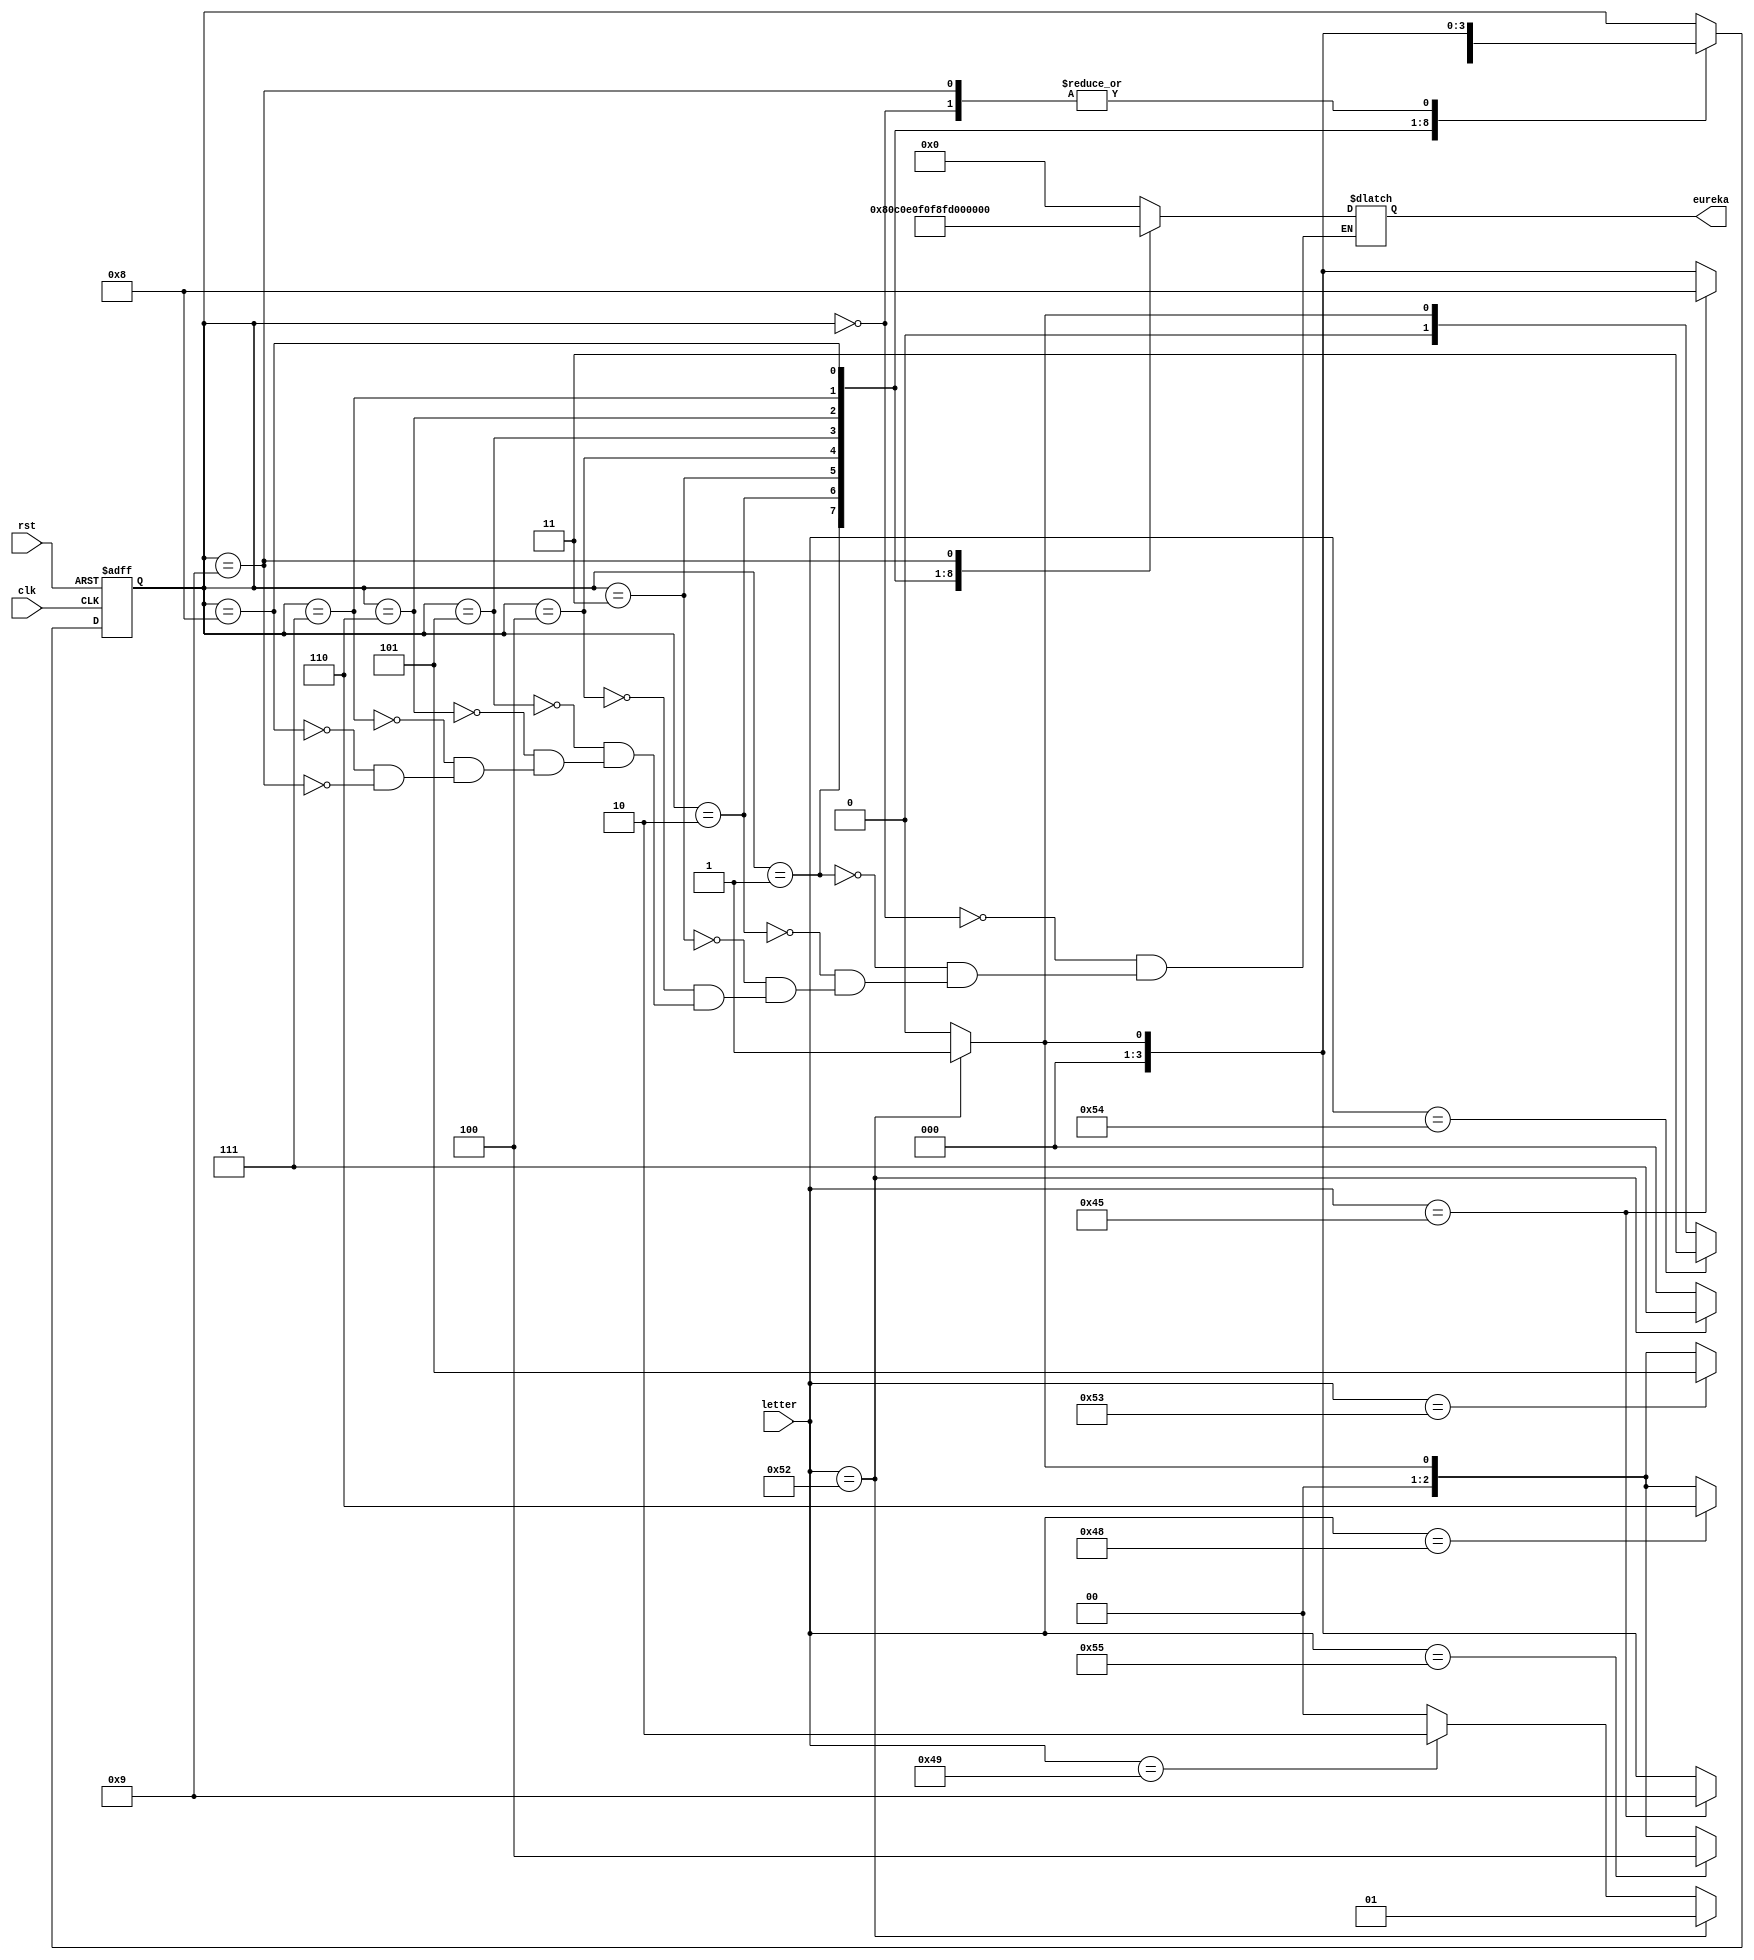
module name(eureka,letter,clk,rst);
	input [7:0] letter;
	input clk,rst;
	output reg [7:0] eureka;
	parameter NO=0,FR=1,I=2,T=3,U=4,S=5,H=6,SR=7,FE=8,SE=9;
	reg [3:0] state;
	
	always @(posedge clk or posedge rst)
	begin
		if(rst) state<=NO;
		else 
		begin
			case(state)
				NO : state<=(letter=="R")?FR:NO;
				FR :begin 
					if(letter=="R")	state<=FR;
					 else state<=(letter=="I")?I:NO;
					 end
				I : begin
					if(letter=="T") state<=T;
					else state<=(letter=="R")?FR:NO;
					end
				T : begin
					if(letter=="U") state<=U;
					else state<=(letter=="R")?FR:NO;
					end
				U : begin
					if(letter=="S") state<=S;
					else  state<=(letter=="R")?FR:NO;
					end
				S : begin
					if(letter=="H") state<=H;
					else  state<=(letter=="R")?FR:NO;
					end
				H : state<=(letter=="R")?SR:NO;
				SR : begin 
					if(letter=="E") state<=FE;
					else state<=(letter=="R")?FR:NO;
					end
				FE: begin
					if(letter=="E") state<=SE;
					else state<=(letter=="R")?FR:NO;
					end
				SE : state<=(letter=="R")?FR:NO;
			endcase
		end
	end
	always @* 
	begin
		case(state)
			NO 	: 	eureka=8'b00000000;
			FR	: 	eureka=8'b10000000;
			I	:	eureka=8'b11000000;
			T	:	eureka=8'b11100000;
			U	:	eureka=8'b11110000;
			S	:	eureka=8'b11111000;
			H	:	eureka=8'b11111100;
			SR	:	eureka=8'b11111110;
			FE	:	eureka=8'b11111111;
			SE	:	eureka=8'b00000001;
		endcase
	end
endmodule